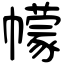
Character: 幪